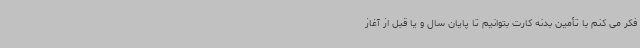
فکر می کنم با تأمین بدنه کارت بتوانیم تا پایان سال و یا قبل از آغاز